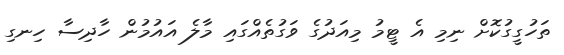
ތަހުގީގުކޮށް ނިމި އެ ޓީމު މިއަދުގެ ވަގުތެއްގައި މާލެ އައުމުން ހާދިސާ ހިނގި